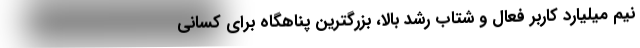
نیم میلیارد کاربر فعال و شتاب رشد بالا، بزرگترین پناهگاه برای کسانی